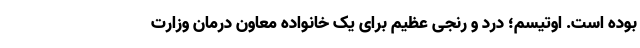
بوده است. اوتیسم؛ درد و رنجی عظیم برای یک خانواده معاون درمان وزارت